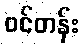
ဝင်တန်း